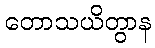
တောသယိတွာန